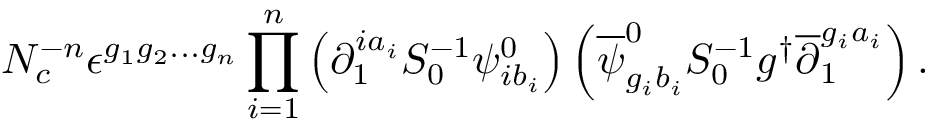
N _ { c } ^ { - n } \epsilon ^ { g _ { 1 } g _ { 2 } . . . g _ { n } } \prod _ { i = 1 } ^ { n } \left( \partial _ { 1 } ^ { i a _ { i } } S _ { 0 } ^ { - 1 } \psi _ { i b _ { i } } ^ { 0 } \right) \left( \overline { { { \psi } } } _ { g _ { i } b _ { i } } ^ { 0 } S _ { 0 } ^ { - 1 } g ^ { \dag } \overline { { { \partial } } } _ { 1 } ^ { g _ { i } a _ { i } } \right) .